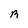
Character: R